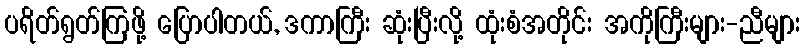
ပရိတ်ရွတ်ကြဖို့ ပြောပါတယ်, ဒကာကြီး ဆုံးပြီးလို့ ထုံးစံအတိုင်း အကိုကြီးများ-ညီများ